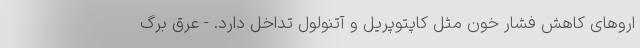
اروهای کاهش فشار خون مثل کاپتوپریل و آتنولول تداخل دارد. - عرق برگ